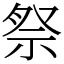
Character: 祭